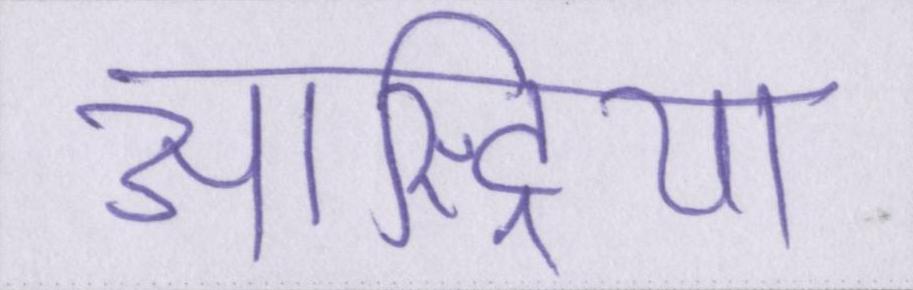
आस्ट्रिया